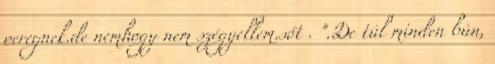
peregnek.de nemhogy nem szégyellem.sőt . ".De túl minden bún,